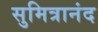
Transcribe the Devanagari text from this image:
सुमित्रानंद